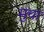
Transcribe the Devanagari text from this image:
मुचा